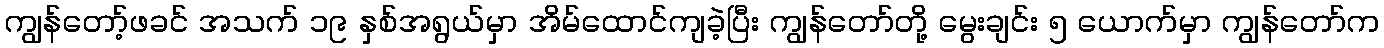
ကျွန်တော့်ဖခင် အသက် ၁၉ နှစ်အရွယ်မှာ အိမ်ထောင်ကျခဲ့ပြီး ကျွန်တော်တို့ မွေးချင်း ၅ ယောက်မှာ ကျွန်တော်က